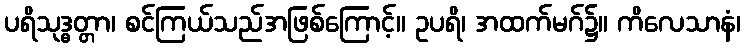
ပရိသုဒ္ဓတ္တာ၊ စင်ကြယ်သည်အဖြစ်ကြောင့်။ ဥပရိ၊ အထက်မဂ်၌။ ကိလေသာနံ၊